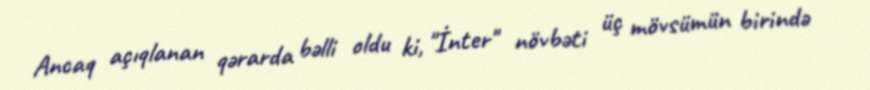
Ancaq açıqlanan qərarda bəlli oldu ki, "İnter" növbəti üç mövsümün birində